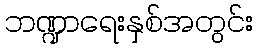
ဘဏ္ဍာရေးနှစ်အတွင်း